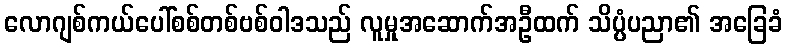
လောဂျစ်ကယ်ပေါ်စစ်တစ်ဗစ်ဝါဒသည် လူမှုအဆောက်အဦထက် သိပ္ပံပညာ၏ အခြေခံ